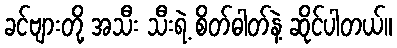
ခင်ဗျားတို့ အသီး သီးရဲ့ စိတ်ဓါတ်နဲ့ ဆိုင်ပါတယ်။